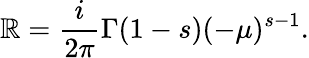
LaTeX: \mathbb{R}={\frac{{i}}{{2\pi}}}\Gamma(1-s)(-\mu)^{s-1}.